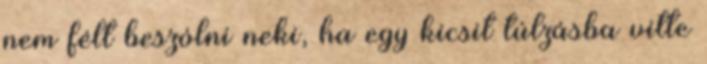
nem félt beszólni neki, ha egy kicsit túlzásba vitte